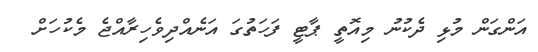
އަންގަން މުޅި ދެކުނު މިއޮތީ ޕާޓީ ފަހަތުގަ އަނެއްދިވެހިރާއްޖެ މެކުހަށް